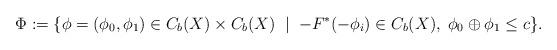
LaTeX: \begin{align*} \Phi := \{\phi = (\phi_0,\phi_1) \in C_b(X) \times C_b(X)\;\mid\; -F^*(-\phi_i) \in C_b(X),\;\phi_0 \oplus \phi_1 \leq c\}.\end{align*}